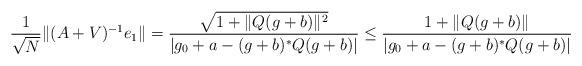
LaTeX: \begin{align*} \frac{1}{\sqrt{N}} \| (A + V)^{-1} e_1 \|&= \frac{\sqrt{1 + \| Q (g+b)\|^2}}{|g_0 + a - (g+b)^* Q (g+b)|}\leq \frac{1 + \| Q (g+b)\|}{|g_0 + a - (g+b)^* Q (g+b)|}\end{align*}